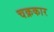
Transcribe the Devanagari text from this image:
चक्रकार